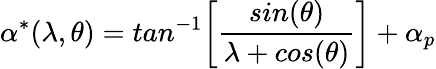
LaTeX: \alpha^{*}(\lambda,\theta)=tan^{-1}\bigg[\frac{sin(\theta)}{\lambda+cos(\theta)}\bigg]+\alpha_{p}